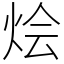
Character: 烩